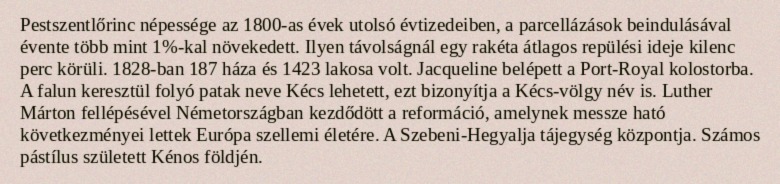
Pestszentlőrinc népessége az 1800-as évek utolsó évtizedeiben, a parcellázások beindulásával évente több mint 1%-kal növekedett. Ilyen távolságnál egy rakéta átlagos repülési ideje kilenc perc körüli. 1828-ban 187 háza és 1423 lakosa volt. Jacqueline belépett a Port-Royal kolostorba. A falun keresztül folyó patak neve Kécs lehetett, ezt bizonyítja a Kécs-völgy név is. Luther Márton fellépésével Németországban kezdődött a reformáció, amelynek messze ható következményei lettek Európa szellemi életére. A Szebeni-Hegyalja tájegység központja. Számos pástílus született Kénos földjén.